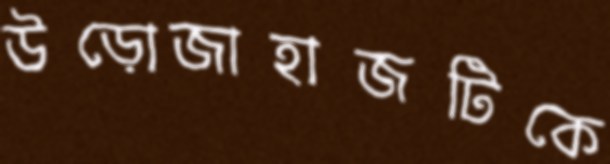
উড়োজাহাজটিকে